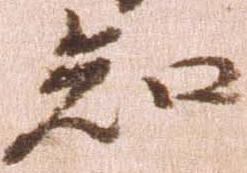
知